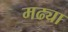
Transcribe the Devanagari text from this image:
मढ्या